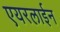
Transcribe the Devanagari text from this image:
एयरलाईन